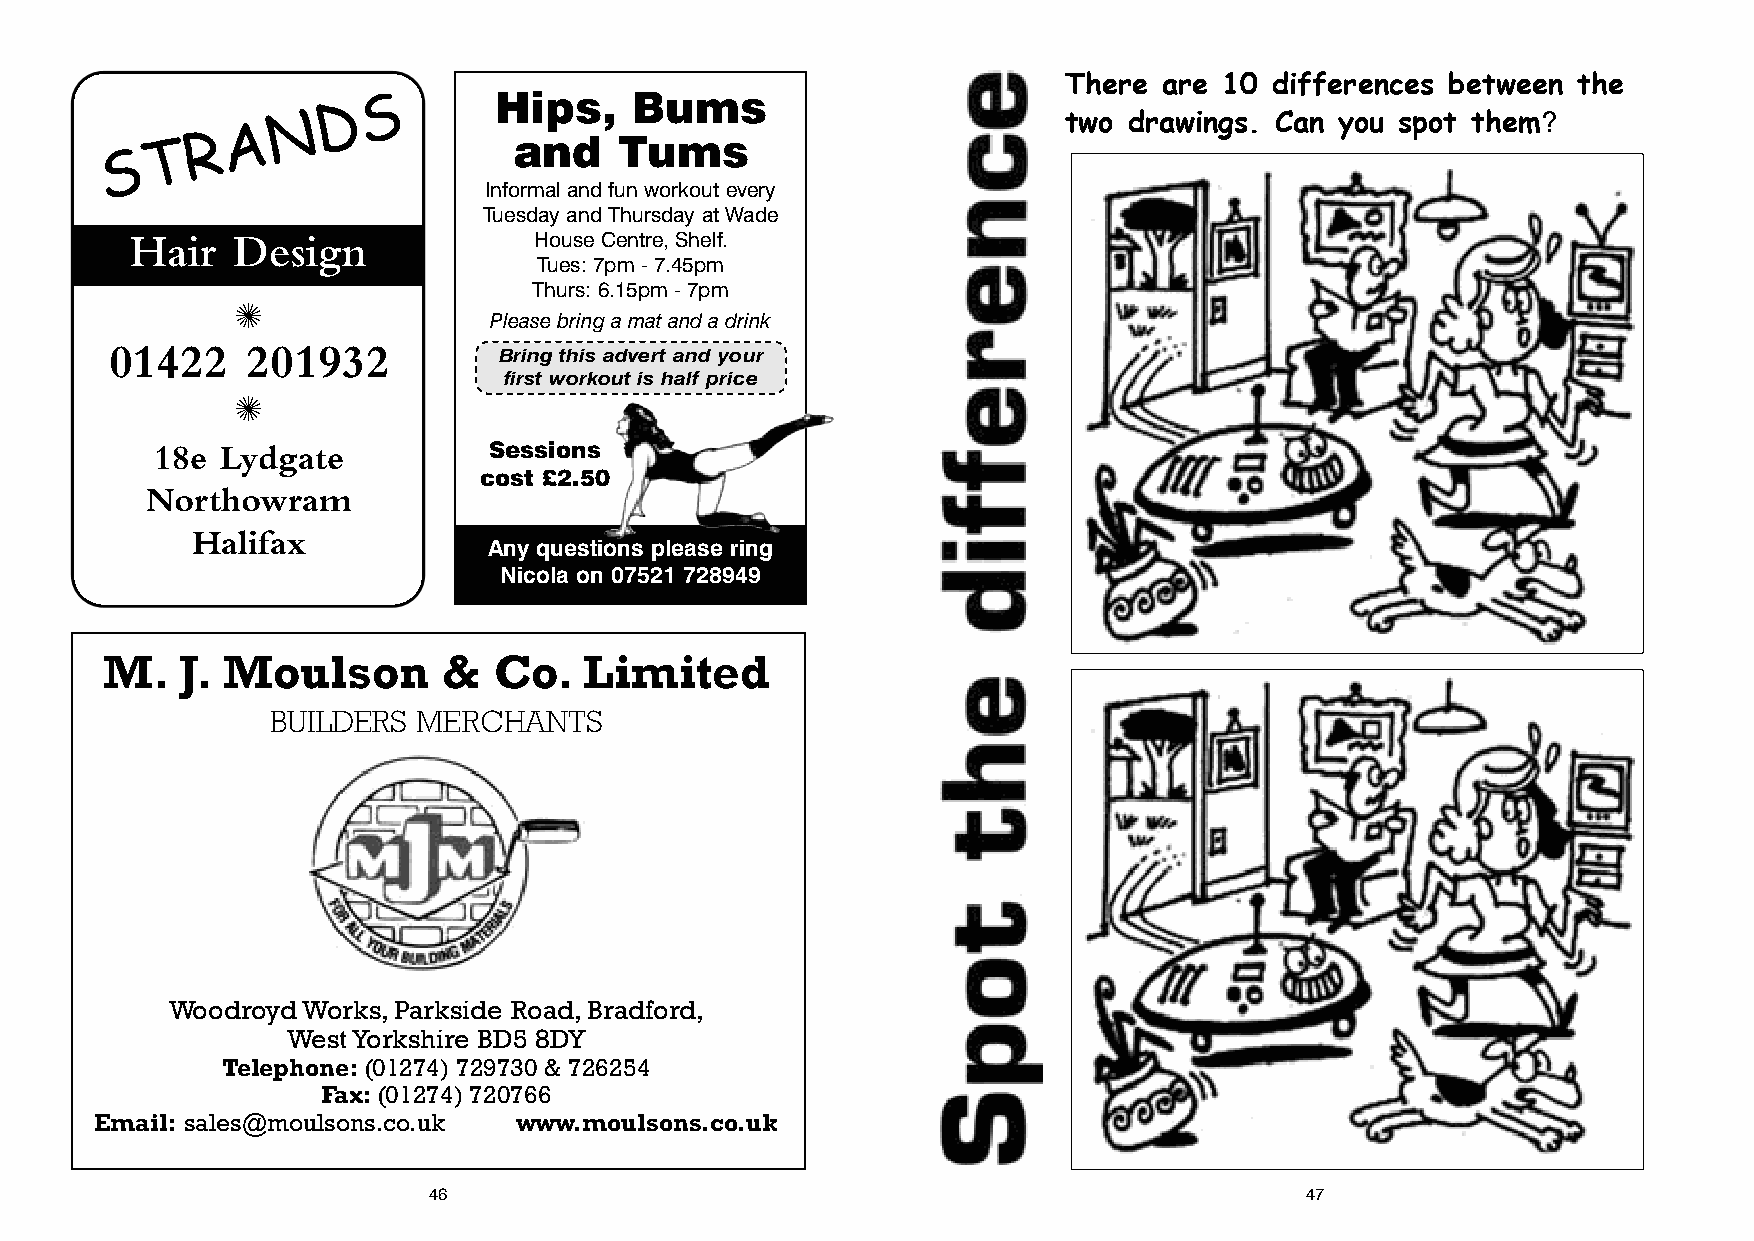
There  are 10 differences between the
 S        Hips,    Bums
 D
 N                                                   two  drawings. Can you spot them?
 A
 T  R                    and    Tums
 S
 Informal and fun workout every
 Tuesday and Thursday at Wade
 Hair  Design              House Centre, Shelf.
 Tues: 7pm - 7.45pm
 Thurs: 6.15pm - 7pm
 ✺
 Please bring a mat and a drink
 01422    201932
 Bring this advert and your
 first workout is half price
 ✺
 18e  Lydgate          Sessions
 cost £2.50
 Northowram
 Halifax
 Any questions please ring
 Nicola on 07521 728949
 M.   J. Moulson       &   Co.   Limited
 BUILDERS  MERCHANTS
 Woodroyd Works, Parkside Road, Bradford,
 West Yorkshire BD5 8DY
 Telephone: (01274) 729730 & 726254
 Fax: (01274) 720766
 Email: sales@moulsons.co.uk www.moulsons.co.uk
 46                                                        47